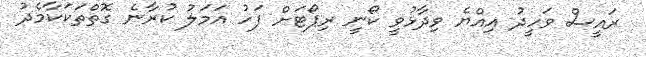
ރައީސް ވަހީދު އިއްޔެ ވިދާޅުވީ ކޯނީ ރިޕޯޓަށް ފަހު އަމަލު ކުރާނެ ގޮތްތަކަކާމެދު